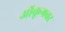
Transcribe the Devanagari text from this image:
ऑक्रूगवर